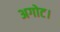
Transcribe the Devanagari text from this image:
अगोट।